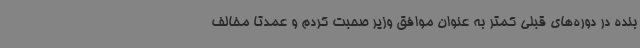
بنده در دوره‌های قبلی کمتر به عنوان موافق وزیر صحبت کردم و عمدتا مخالف